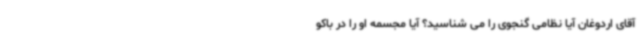
آقای اردوغان آیا نظامی گنجوی را می شناسید؟ آیا مجسمه او را در باکو